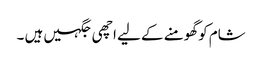
شام کو گھومنے کے لیے اچھی جگہیں ہیں ۔